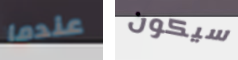
عندما سيكون